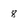
Character: 8